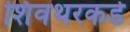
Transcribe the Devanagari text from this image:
शिवथरकडे